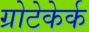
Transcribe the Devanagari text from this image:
ग्रोटेकेर्क